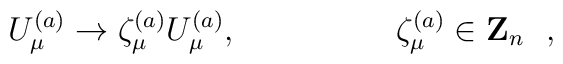
U_\mu^{(a)} \rightarrow\zeta_\mu^{(a)} U_\mu^{(a)} , \hskip 2cm\zeta_\mu^{(a)}\in {\bf Z}_n~~,